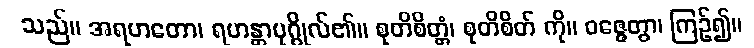
သည်။ အရဟတော၊ ရဟန္တာပုဂ္ဂိုလ်၏။ စုတိစိတ္တံ၊ စုတိစိတ် ကို။ ဝဇ္ဇေတွာ၊ ကြဉ်၍။